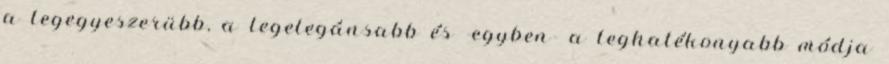
a legegyeszerübb, a legelegánsabb és -egyben- a leghatékonyabb módja